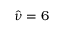
\hat { \nu } = 6